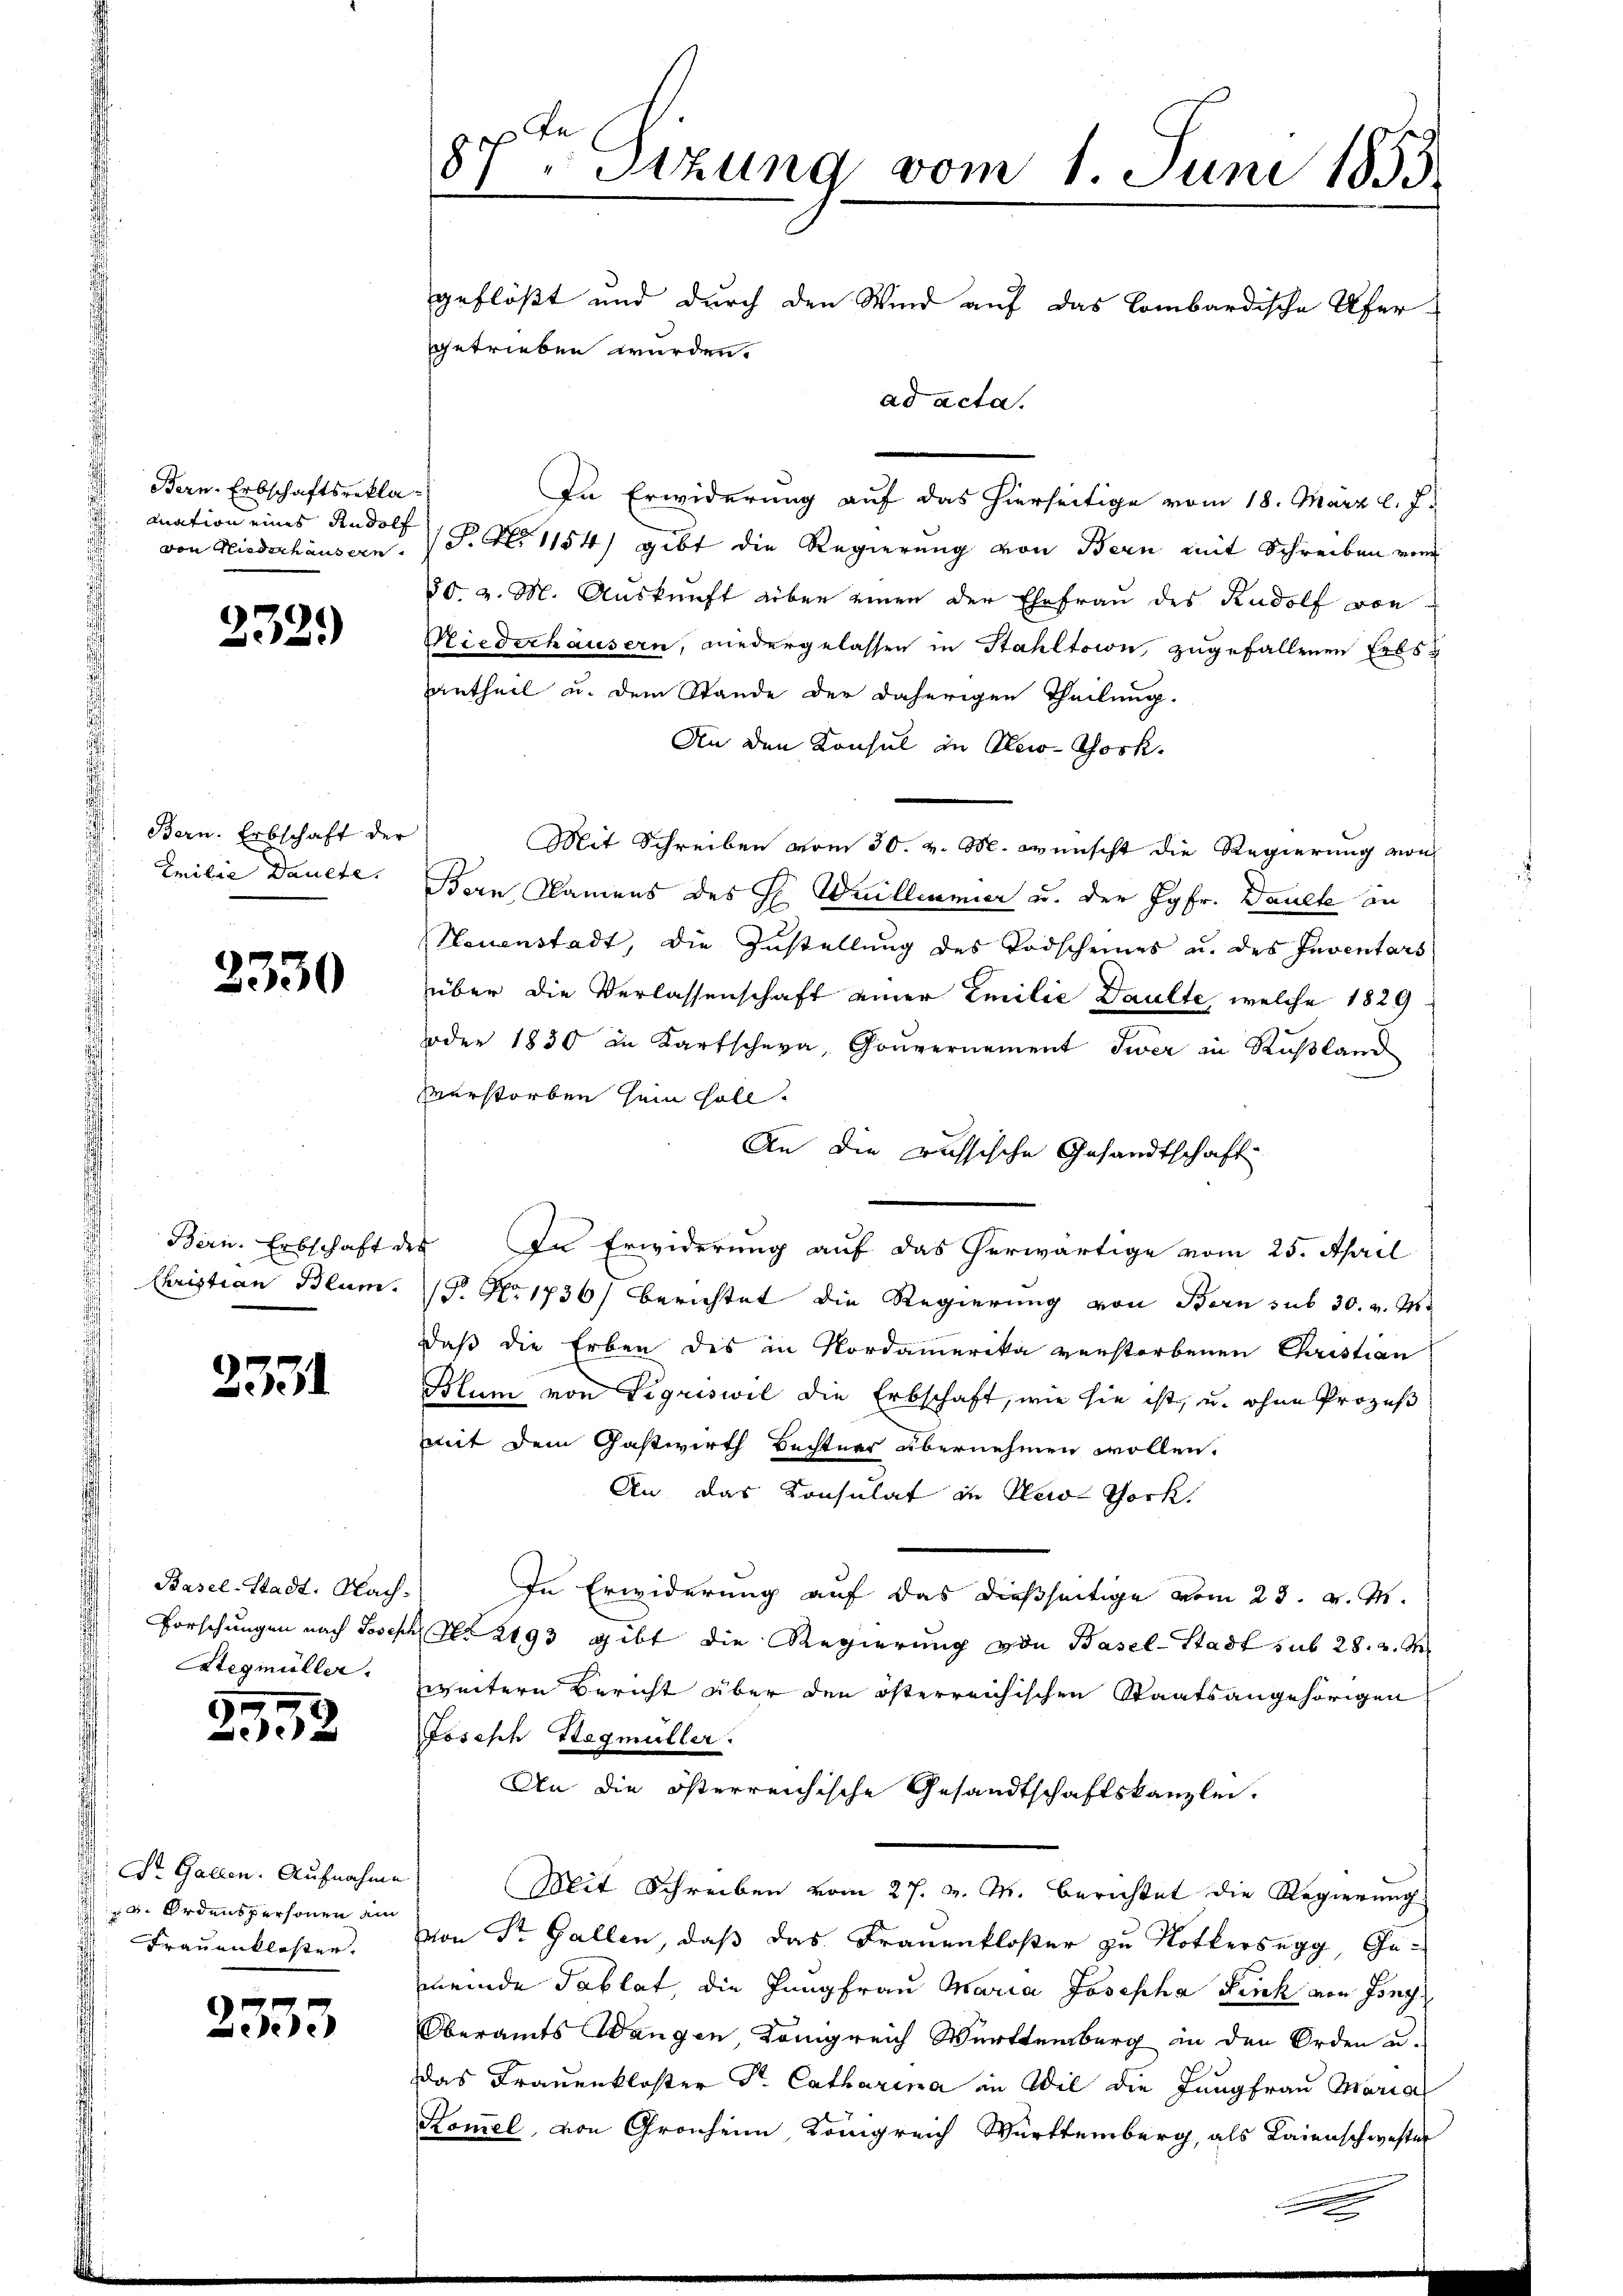
Bern-Erbschaftsrekla-
mnation eines Rudolf
von Niederhausen.

232.

Bern. Erbschaft der
Emilie Daulte.

3330

Bern. Erbschaft der
Christian Blum

2331

Basel-Stadt, Nach-

252

d. St. Gallen. Aufnahme
d Ordenspersonen ein
 Frauenklosten.

2333

87. Sizung vom 1. Juni 1853
geflößt und durch den Wind auf das Lombardische Uferggetrieben werden.
ad acta.

In Erwiderung auf das hierseitige vom 18. März l. J.
18. Al. 1154) gibt die Regierung von Bern mit Schreiben vom
80. v. M. Auskunft aber einen der Ehefrau des Rudolf von
Niederhausern, niedergelassen in Stahltaion, zugefallenen Erbsantheil u. dem Stande der daherigen Theilung.
An den Konsul in Rei-Tock.
Mit Schreiben vom 30. v. M. wünscht die Regierung von
Bern Namens des H. Guilleumier u. der Jgfr. Danck an
Neuenstadt, die Zustellung des Todscheines u. des Inventars
über die Verlassenschaft einer Emilie Daulte, welche 1829
oder 1830 an Kartschern, Gouvernement Twer in Rußland
Verstorben sein soll.
An die russische Gesandtschaft
In Erwiderung auf das herwärtige vom 25. April
(P. No. 1736) berichtet die Regierung von Bern sub 30. v. M.
daß die Erben des in Nordamerika verstorbenen Christian
Blum von Sigriswil die Erbschaft, wie sie ist, u. ohne Prozeß
mit dem Gastwirth Bechtner übernehmen wollen.
An das Konsulat in Newo Thork
In Erwiderung auf das dießseitige vom 23. v. M.
Forschungen nach Joseph Nr 2193 gibt die Regierung von Basel-Stadt sub 28. v. M.
Stegmüller, weitere Bericht über den österreichischen Staatsangehörigen
Joseph Stegmüller.
An die österreichische Gesandtschaftskanzlei.
Mit Schreiben vom 27. v. M. berichtet die Regierung
von St. Gallen, daß das Frauenkloser zu Rottersegg, Ge-
meinde Tablat, die Jungfrau Maria Josepha Fisch von Iony
Oberamts Wangen, Königreich Württemberg in den Orden u.
Das Frauenkloster Dr. Catharina in Wil die Jungfrau Maria
Kom̅el, von Gronheim, Königreich Württemberg, als Laienschwester